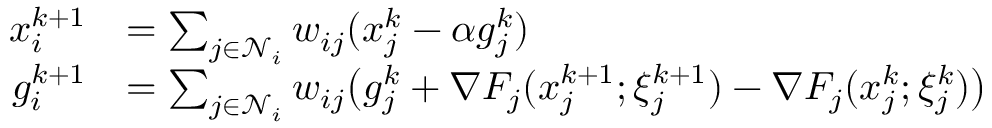
\begin{array} { r l } { x _ { i } ^ { k + 1 } } & { = \sum _ { j \in { \mathcal { N } } _ { i } } w _ { i j } ( x _ { j } ^ { k } - \alpha g _ { j } ^ { k } ) } \\ { g _ { i } ^ { k + 1 } } & { = \sum _ { j \in { \mathcal { N } } _ { i } } w _ { i j } \big ( g _ { j } ^ { k } + { \nabla } F _ { j } ( x _ { j } ^ { k + 1 } ; \xi _ { j } ^ { k + 1 } ) - { \nabla } F _ { j } ( x _ { j } ^ { k } ; \xi _ { j } ^ { k } ) \big ) } \end{array}